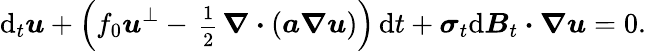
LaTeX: \mathrm{d}_{t}\boldsymbol{u}+\Big(f_{0}\boldsymbol{u}^{\perp}-\mathrm{\scriptsize~\frac{1}{2}~}\boldsymbol{\nabla}\boldsymbol{\cdot}(\boldsymbol{a}\boldsymbol{\nabla}\boldsymbol{u})\Big)\, \mathrm{d}t+\boldsymbol{\sigma}_{t}\mathrm{d}\boldsymbol{B}_{t}\boldsymbol{\cdot}\boldsymbol{\nabla}\boldsymbol{u}=0.